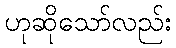
ဟုဆိုသော်လည်း